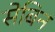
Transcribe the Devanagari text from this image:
सेबिन